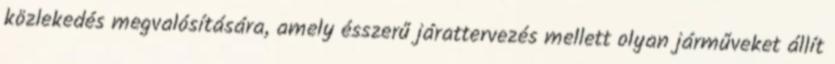
közlekedés megvalósítására, amely ésszerű járattervezés mellett olyan járműveket állít